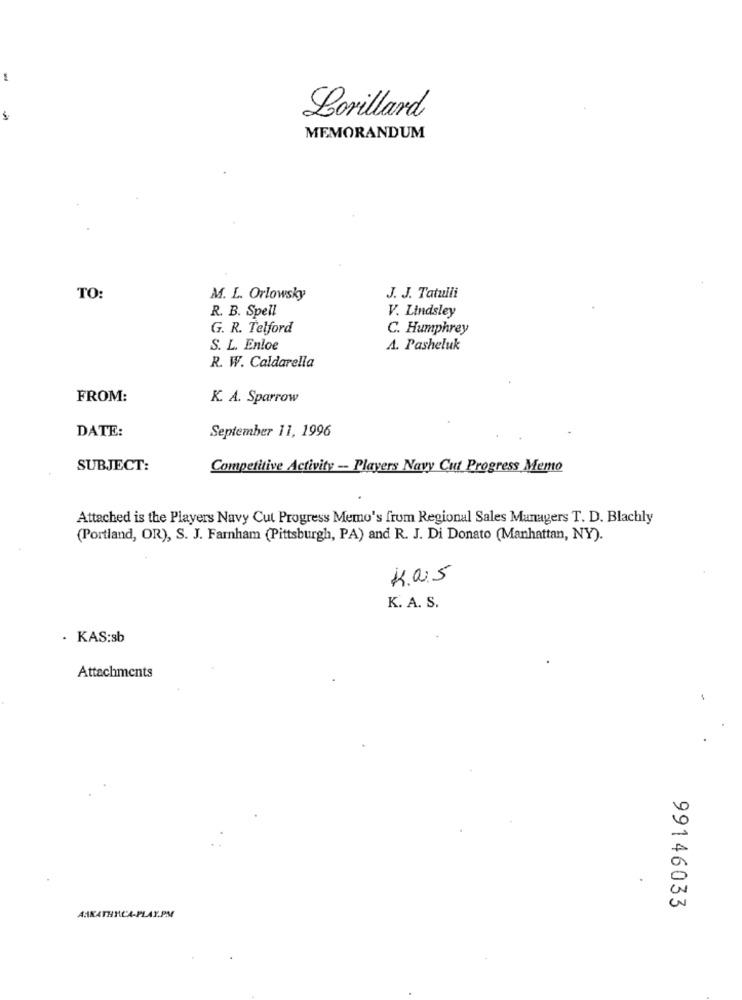
Lorillard
MEMORANDUM
TO:
M. L. Orlowsky
J. J. Tatulli
R. B. Spell
V. Lindsley
G. R. Telford
C. Humphrey
S. L. Enloe
A. Pasheluk
R. W. Caldarella
FROM:
K. A. Sparrow
DATE:
September 11, 1996
SUBJECT:
Competitive Activity - Players Navy Cut Progress Memo
Attached is the Players Navy Cut Progress Memo's from Regional Sales Managers T. D. Blachly
(Portland, OR), S. J. Farnham (Pittsburgh, PA) and R. J. Di Donato (Manhattan, NY).
Ka.5
K. A. S.
. KAS:sb
Attachments
99146033
AAKATHRCA-PLAY.PM